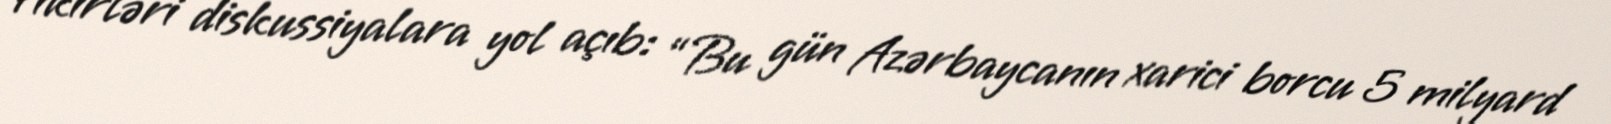
fikirləri diskussiyalara yol açıb: “Bu gün Azərbaycanın xarici borcu 5 milyard